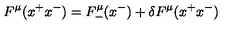
F ^ { \mu } ( x ^ { + } x ^ { - } ) = F _ { - } ^ { \mu } ( x ^ { - } ) + \delta F ^ { \mu } ( x ^ { + } x ^ { - } )